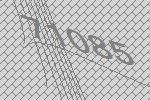
71085